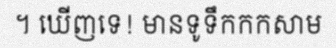
។ ឃើញទេ! មានទូទឹកកកសាម